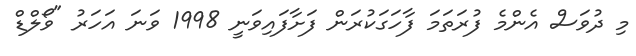
މި ދުވަސް އެންމެ ފުރަތަމަ ފާހަގަކުރަން ފަށާފައިވަނީ 1998 ވަނަ އަހަރު "ވޯލްޑް